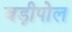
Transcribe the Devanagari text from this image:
बड़ीपोल